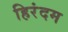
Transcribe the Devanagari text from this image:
हिरंदम